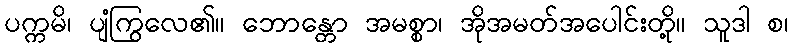
ပက္ကမိ၊ ပျံကြွလေ၏။ ဘောန္တော အမစ္စာ၊ အိုအမတ်အပေါင်းတို့။ သူဒါ စ၊